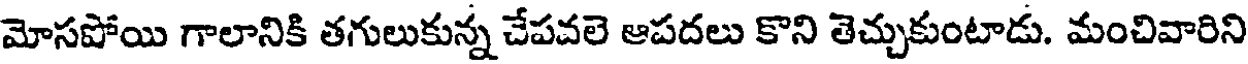
మోసపోయి గాలానికి తగులుకున్న చేపవలె ఆపదలు కొని తెచ్చుకుంటాడు. మంచివారిని